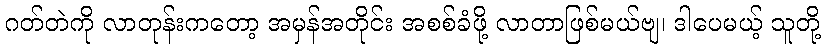
ဂတ်တဲကို လာတုန်းကတော့ အမှန်အတိုင်း အစစ်ခံဖို့ လာတာဖြစ်မယ်ဗျ၊ ဒါပေမယ့် သူတို့